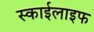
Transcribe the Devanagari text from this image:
स्काईलाइफ